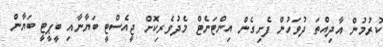
ކުރުމުން އާދިއްތަ ދުވަހުން ފެށިގެން އިންޓަނެޓް މެދުވެރިކޮށް ޖީއެސްޓީ ބަޔާނާއި ބީޕީޓީ ބަޔާން